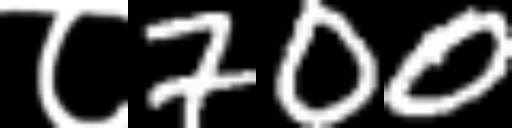
Text: ८700